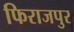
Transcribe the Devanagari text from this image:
फिराजपुर